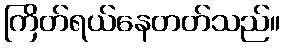
ကြိတ်ရယ်နေတတ်သည်။